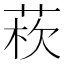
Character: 𦰻